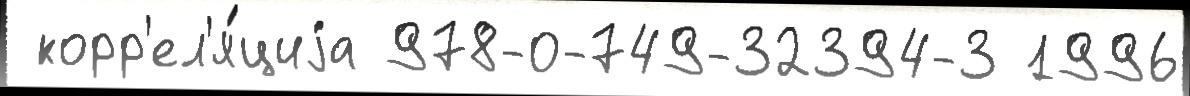
 корр'ел'я́циjа 978-0-749-32394-3 1996